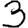
Digit: 3